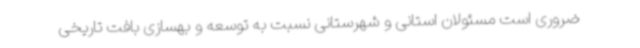
ضروری است مسئولان استانی و شهرستانی نسبت به توسعه و بهسازی بافت تاریخی